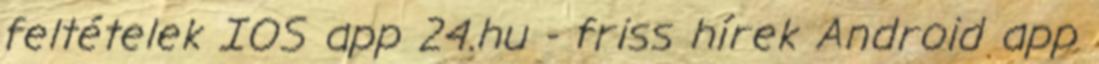
feltételek IOS app 24.hu - friss hírek Android app